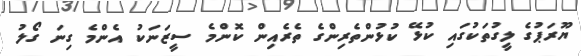
ޔޫރަޕުގެ ލީގުތަކުގައި ކުޅޭ ކުޅުންތެރިންގެ ތެރެއިން ކޮންމެ ސީޒަނަކު އެންމެ ގިނަ ގޯލު